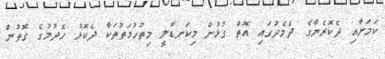
ކަމަށާއި ދެކޮރެޔާގެ ދެމެދުގައި އޮތް ގުޅުން މިކަނޑާލީ މިތުހުމަތުތަކާ ދެކޮޅު ހެދުމުގެ ގޮތުން